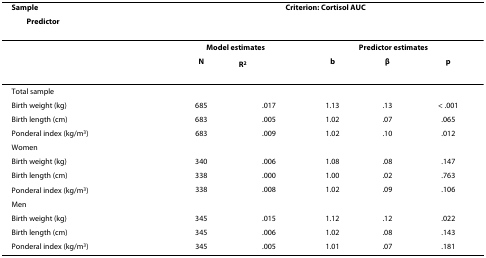
<table><thead><tr><td><b>Sample </b></td><td colspan="5"><b>Criterion: Cortisol AUC</b></td></tr><tr><td><b> Predictor</b></td><td></td><td></td><td></td><td></td><td></td></tr></thead><tbody><tr><td></td><td colspan="2"><b>Model estimates</b></td><td colspan="3"><b>Predictor estimates</b></td></tr><tr><td></td><td><b>N</b></td><td><b>R<sup>2</sup></b></td><td><b>b</b></td><td><b>β</b></td><td><b>p</b></td></tr><tr><td>Total sample</td><td></td><td></td><td></td><td></td><td></td></tr><tr><td>Birth weight (kg)</td><td>685</td><td>.017</td><td>1.13</td><td>.13</td><td>&lt; .001</td></tr><tr><td>Birth length (cm)</td><td>683</td><td>.005</td><td>1.02</td><td>.07</td><td>.065</td></tr><tr><td>Ponderal index (kg/m<sup>3</sup>)</td><td>683</td><td>.009</td><td>1.02</td><td>.10</td><td>.012</td></tr><tr><td>Women</td><td></td><td></td><td></td><td></td><td></td></tr><tr><td>Birth weight (kg)</td><td>340</td><td>.006</td><td>1.08</td><td>.08</td><td>.147</td></tr><tr><td>Birth length (cm)</td><td>338</td><td>.000</td><td>1.00</td><td>.02</td><td>.763</td></tr><tr><td>Ponderal index (kg/m<sup>3</sup>)</td><td>338</td><td>.008</td><td>1.02</td><td>.09</td><td>.106</td></tr><tr><td>Men</td><td></td><td></td><td></td><td></td><td></td></tr><tr><td>Birth weight (kg)</td><td>345</td><td>.015</td><td>1.12</td><td>.12</td><td>.022</td></tr><tr><td>Birth length (cm)</td><td>345</td><td>.006</td><td>1.02</td><td>.08</td><td>.143</td></tr><tr><td>Ponderal index (kg/m<sup>3</sup>)</td><td>345</td><td>.005</td><td>1.01</td><td>.07</td><td>.181</td></tr></tbody></table>